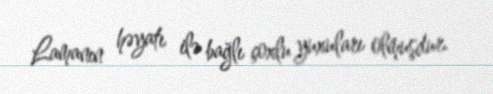
Lamanın həyatı ilə bağlı çoxlu yuxuları olmuşdur.